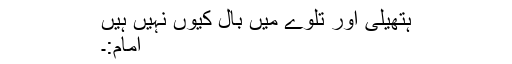
ہتھیلی اور تلوے میں بال کیوں نہیں ہیں
امام:۔